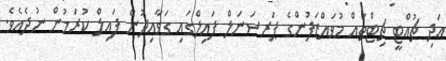
އަދި ޗުއްޓީ ޗިޓްތައް މުވައްޒަފުންގެ ޕަރސަނަލް ފައިލްގައި ގަވާއިދުން ފައިލް ކުރަމުން ނުދެއެވެ.